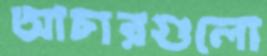
আচারগুলো